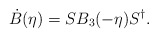
\begin{align*}\dot{B}(\eta) = S B_{3}(-\eta) S^{\dagger} .\end{align*}